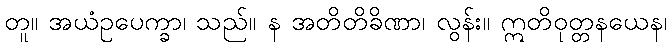
တူ။ အယံဥပေက္ခာ၊ သည်။ န အတိတိခိဏာ၊ လွန်း။ ဣတိဝုတ္တနယေန၊